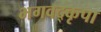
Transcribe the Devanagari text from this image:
भगवद्कृपा